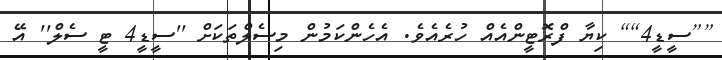
[[ސީޑީ4]] ކިޔާ ފްރޮޓީންއެއް ހުރެެއެވެ. އެހެންކަމުން މިސެލްތަކަށް ''ސީޑީ4 ޓީ ސެލް'' އޭ